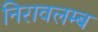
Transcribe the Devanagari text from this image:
निरावलम्ब